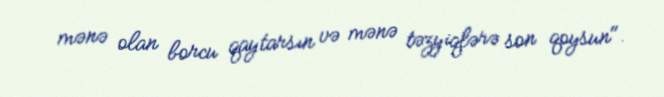
mənə olan borcu qaytarsın və mənə təzyiqlərə son qoysun".